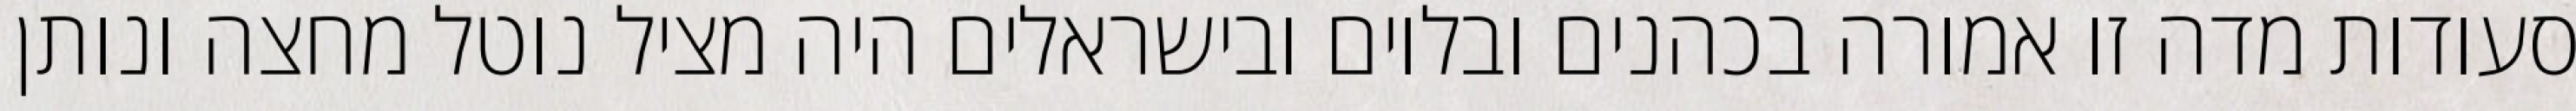
סעודות מדה זו אמורה בכהנים ובלוים ובישראלים היה מציל נוטל מחצה ונותן